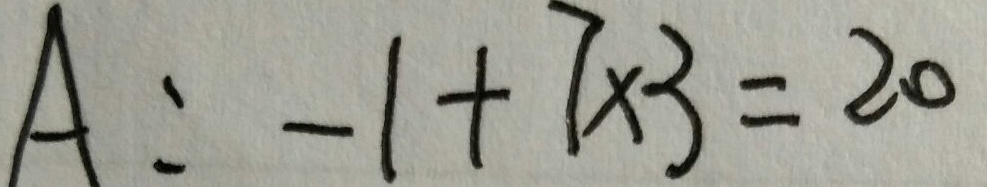
A : - 1 + 7 \times 3 = 2 0